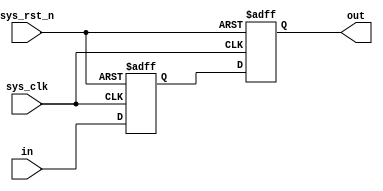
`timescale  1ns/1ns
////////////////////////////////////////////////////////////////////////
// Module Name   : non_blocking
// Project Name  : non_blocking
// Target Devices: Altera EP4CE10F17C8N
// Tool Versions : Quartus 13.0
// Description   : 
//
// Revision      : V1.0
// Additional Comments:
// 
// : _Pro_FPGA
//     : http://www.embedfire.com
//     : http://www.firebbs.cn
//     : https://fire-stm32.taobao.com
////////////////////////////////////////////////////////////////////////

module  non_blocking
(
    input   wire            sys_clk     ,   //50Mhz
    input   wire            sys_rst_n   ,   //
    input   wire    [1:0]   in          ,   //

    output  reg     [1:0]   out             //led
);

reg     [1:0]   in_reg;

//in_reg:
//out:LED
always@(posedge sys_clk or negedge sys_rst_n)
    if(sys_rst_n == 1'b0)
        begin
            in_reg <= 2'b0;
            out    <= 2'b0;
        end
    else
        begin
            in_reg <= in;
            out    <= in_reg;
        end

endmodule